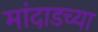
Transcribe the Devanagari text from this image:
मांदाडच्या